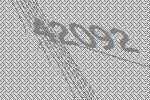
42092